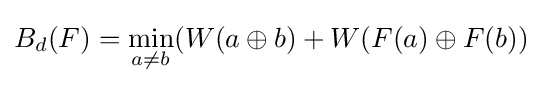
B_{d}(F)={\underset {a\neq b}{\min }}(W(a\oplus b)+W(F(a)\oplus F(b))